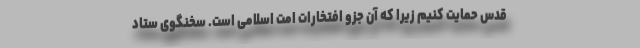
قدس حمایت کنیم زیرا که آن جزو افتخارات امت اسلامی است‌. سخنگوی ستاد